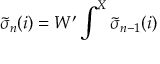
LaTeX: { \tilde { \sigma } } _ { n } ( i ) = W ^ { \prime } \int ^ { X } { \tilde { \sigma } } _ { n - 1 } ( i )